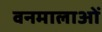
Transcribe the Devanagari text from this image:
वनमालाओं